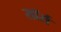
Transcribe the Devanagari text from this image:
सॉर्स